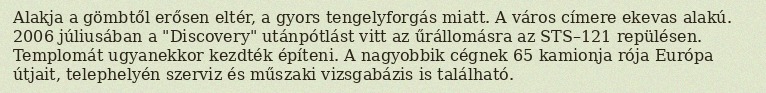
Alakja a gömbtől erősen eltér, a gyors tengelyforgás miatt. A város címere ekevas alakú. 2006 júliusában a "Discovery" utánpótlást vitt az űrállomásra az STS–121 repülésen. Templomát ugyanekkor kezdték építeni. A nagyobbik cégnek 65 kamionja rója Európa útjait, telephelyén szerviz és műszaki vizsgabázis is található.